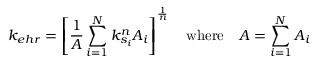
k _ { e h r } = \left[ \frac { 1 } { A } \sum _ { i = 1 } ^ { N } k _ { s _ { i } } ^ { n } A _ { i } \right] ^ { \frac { 1 } { n } } \quad \mathrm { w h e r e } \quad A = \sum _ { i = 1 } ^ { N } A _ { i }